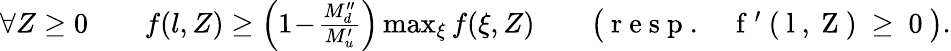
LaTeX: \begin{array}{r}{\forall Z\ge 0\qquad f(l,Z)\ge\left(1\! -\! \frac{M_{d}^{\prime\prime}}{M_{u}^{\prime}}\right)\operatorname*{max}_{\xi}{f(\xi,Z)}\qquad\big(\mathrm{~r~e~s~p~.~\: ~\: ~f~'~(~l~,~Z~)~\ge~0~}\big).}\end{array}